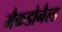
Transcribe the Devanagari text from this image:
मैकडोनैल्ड